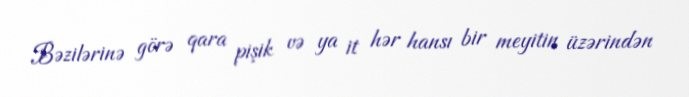
Bəzilərinə görə qara pişik və ya it hər hansı bir meyitin üzərindən